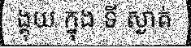
ង្គុយ ក្នុង ទី ស្ងាត់